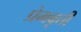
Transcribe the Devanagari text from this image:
प्रेमवृत्ती